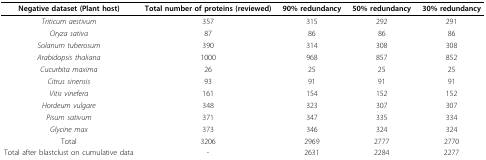
| Negative dataset (Plant host) | Total number of proteins (reviewed) | 90% redundancy | 50% redundancy | 30% redundancy |
 | --- | --- | --- | --- | --- |
 | Triticum aestivum | 357 | 315 | 292 | 291 |
 | Oryza sativa | 87 | 86 | 86 | 86 |
 | Solanum tuberosum | 390 | 314 | 308 | 308 |
 | Arabidopsis thaliana | 1000 | 968 | 857 | 852 |
 | Cucurbita maxima | 26 | 25 | 25 | 25 |
 | Citrus sinensis | 93 | 91 | 91 | 91 |
 | Vitis vinefera | 161 | 154 | 152 | 152 |
 | Hordeum vulgare | 348 | 323 | 307 | 307 |
 | Pisum sativum | 371 | 347 | 335 | 334 |
 | Glycine max | 373 | 346 | 324 | 324 |
 | Total | 3206 | 2969 | 2777 | 2770 |
 | Total after blastclust on cumulative data | - | 2631 | 2284 | 2277 |